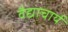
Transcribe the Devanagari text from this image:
वैद्याचार्य